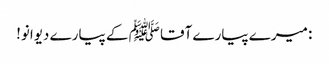
: میرے پیارے آقا ﷺ کے پیارے دیوانو!